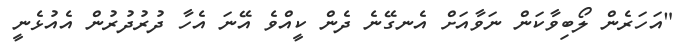
"އަހަރެން ލޯބިވާކަން ނަވާއަށް އެނގޭނެ ދެން ކީއްވެ އޭނަ އެހާ ދުރުދުރުން އެއުޅެނީ